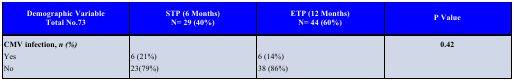
<table><thead><tr><td><b>Demographic VariableTotal No.73</b></td><td><b>STP (6 Months)N= 29 (40%)</b></td><td><b>ETP (12 Months)N= 44 (60%)</b></td><td><b>P Value</b></td></tr></thead><tbody><tr><td>CMV infection, n (%)YesNo</td><td>6 (21%)23(79%)</td><td>6 (14%)38 (86%)</td><td>0.42</td></tr></tbody></table>